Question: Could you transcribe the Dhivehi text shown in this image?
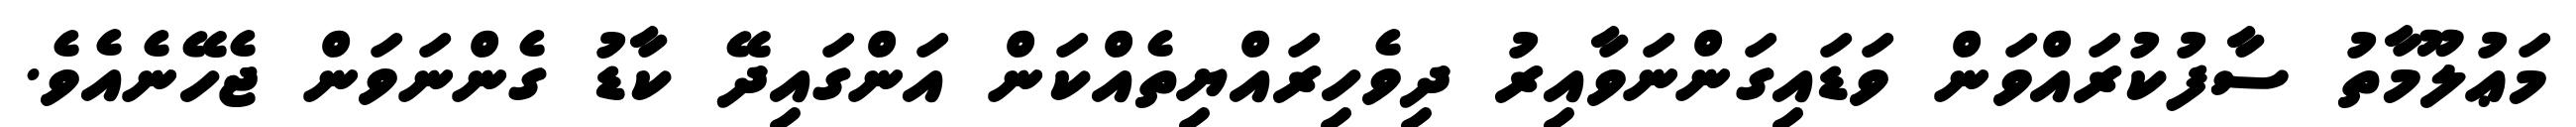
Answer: މަޢުލޫމާތު ސާފުކުރައްވަން ވަޑައިގަންނަވާއިރު ދިވެހިރައްޔިތެއްކަން އަންގައިދޭ ކާޑު ގެންނަވަން ޖެހޭނެއެވެ.